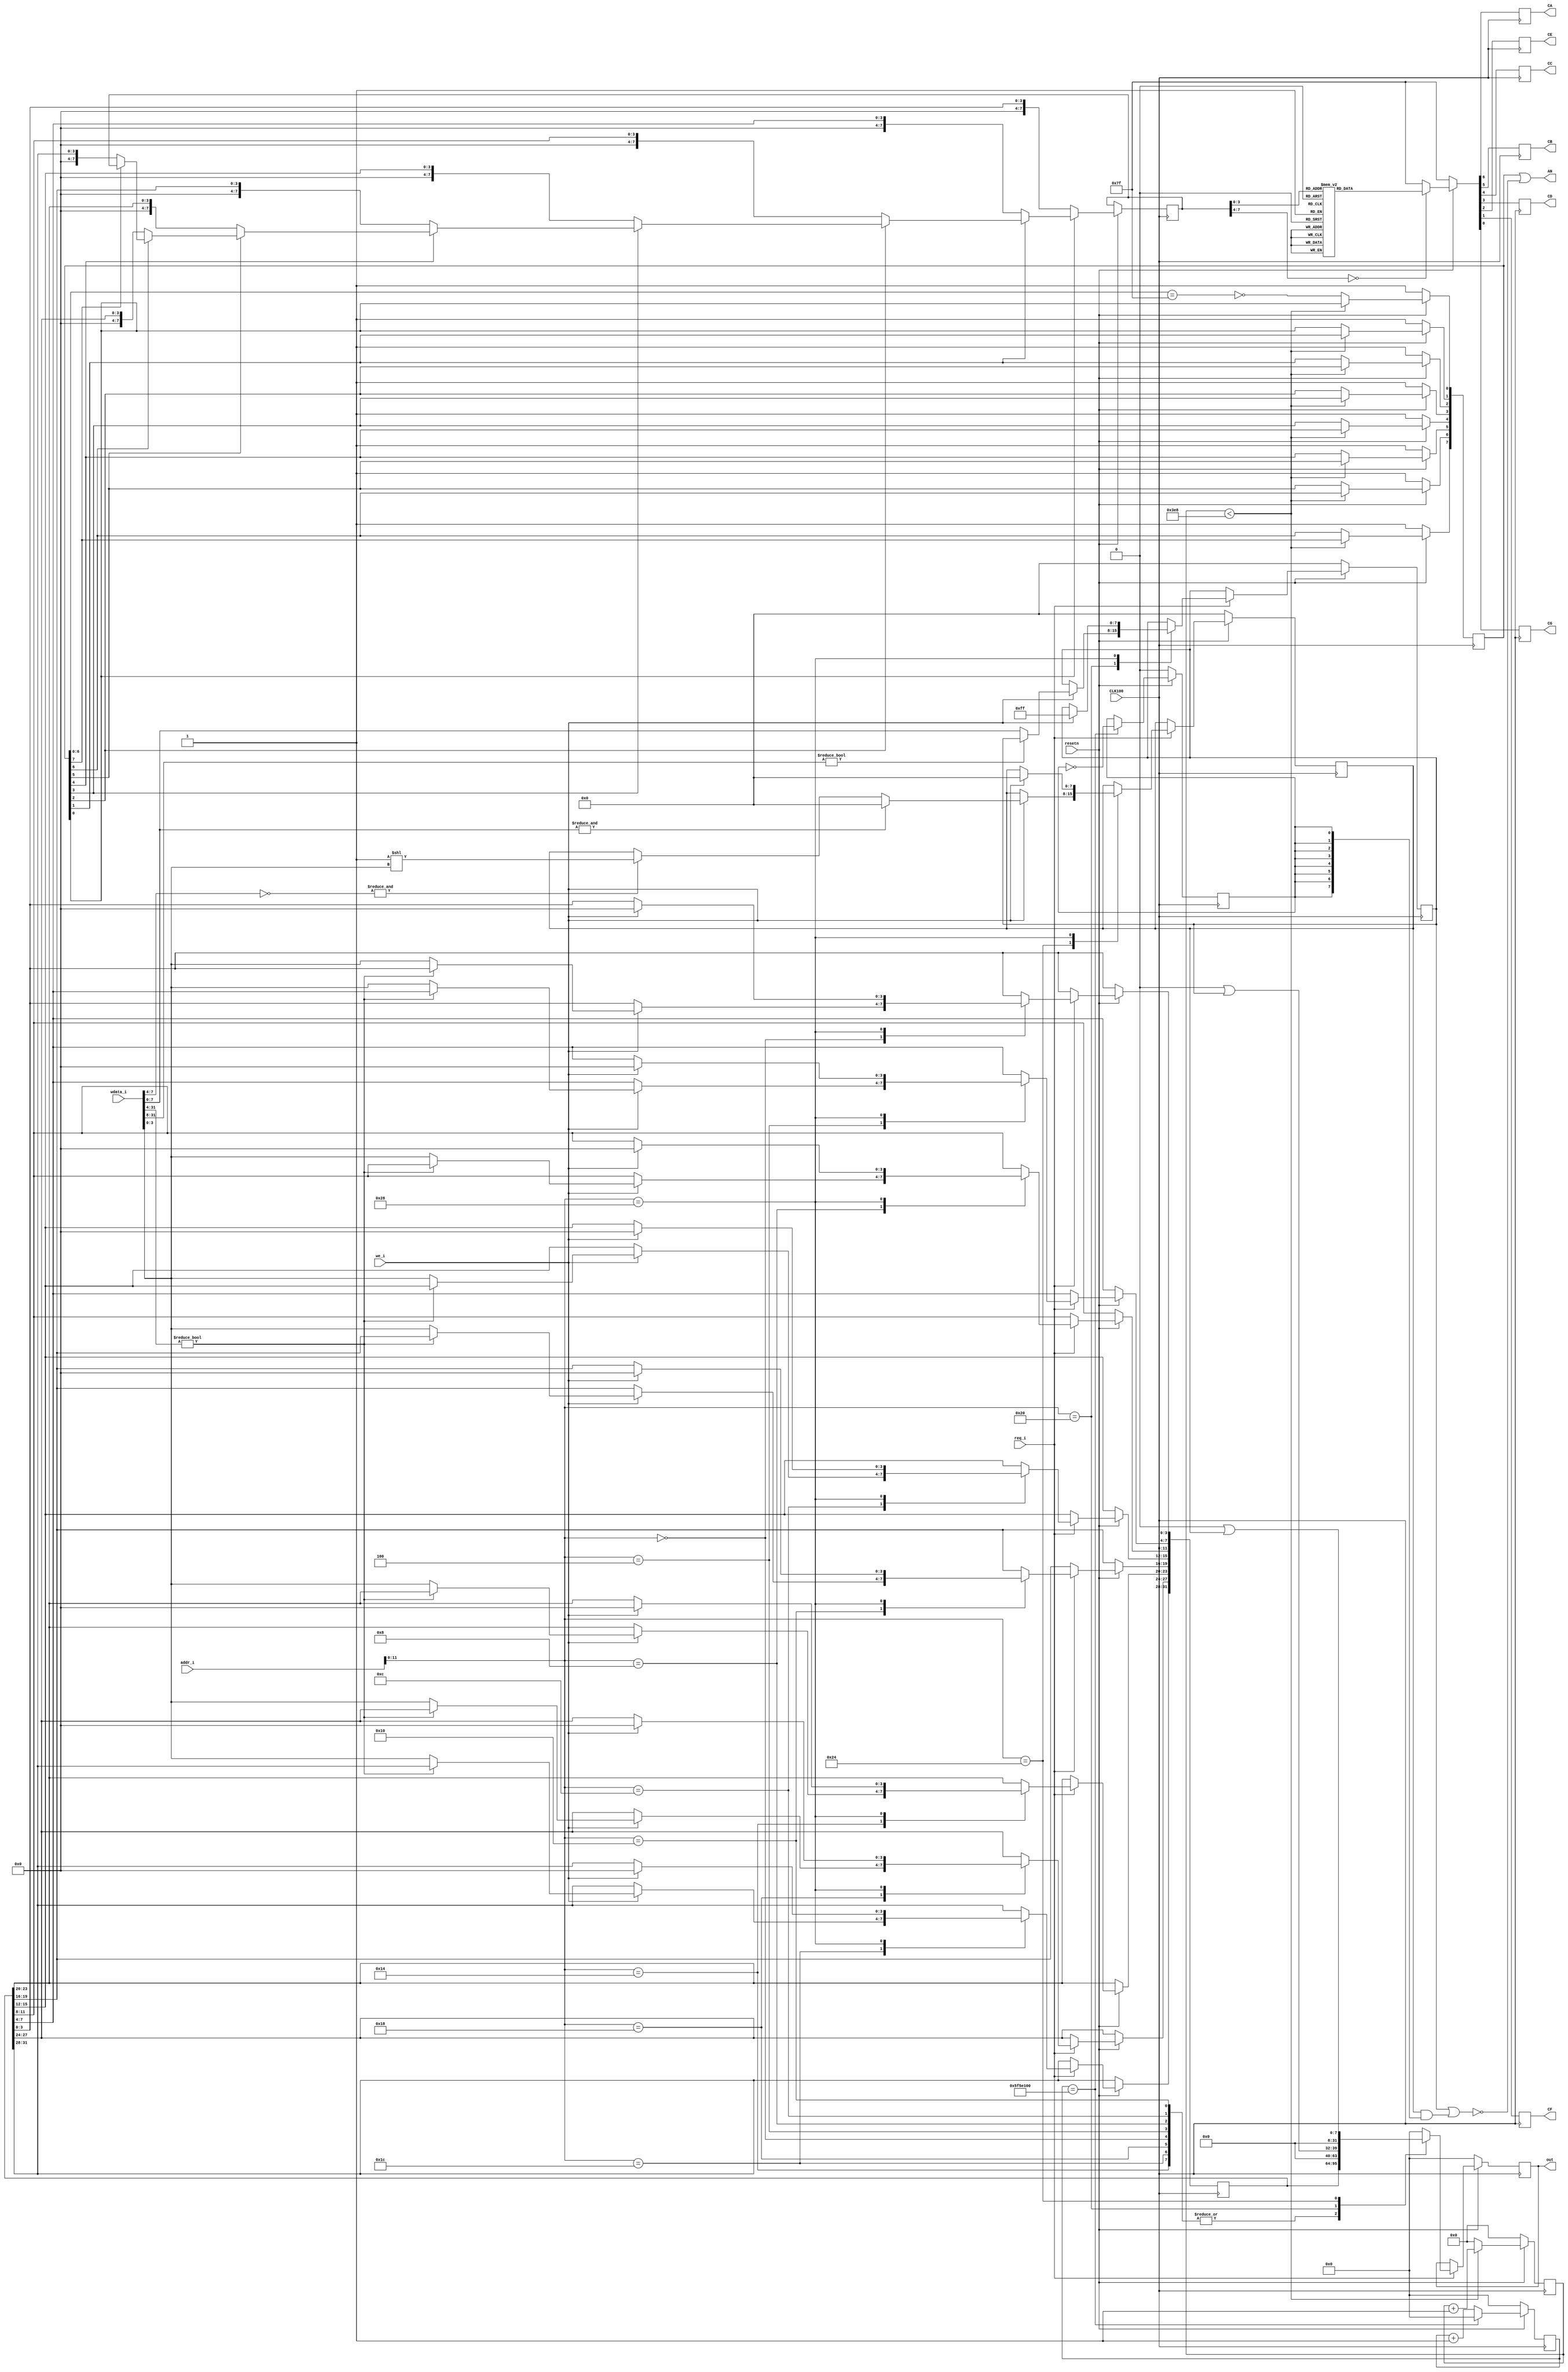
`timescale 1ns / 1ps

module regs_semseg(
    input req_i, we_i, CLK100, resetn,
    input [31:0] wdata_i, addr_i,
    output reg [31:0] out, //////////// ??
    output CA, CB, CC, CD, CE, CF, CG, 
    output [7:0] AN
  );
  
  `define addr_seg0 12'h000 //  0
  `define addr_seg1 12'h004 //  1
  `define addr_seg2 12'h008 //  2
  `define addr_seg3 12'h00C //  3
  `define addr_seg4 12'h010 //  4
  `define addr_seg5 12'h014 //  5
  `define addr_seg6 12'h018 //  6
  `define addr_seg7 12'h01C //  7
  `define addr_sel  12'h020 //  
  `define addr_strb 12'h024 //  
  `define addr_res  12'h028 // 
  `define delay_seg 10**8   // 
  `define pwm       1000    // 
  
  reg [9:0] counter;
  reg [7:0] semseg;
  reg [7:0] ANreg;
  reg CAr, CBr, CCr, CDr, CEr, CFr, CGr;
  reg [31:0] wdata_seg;
  reg [7:0]  select_seg;
  reg        clk_strb;
  reg [31:0] strb_buf;
 // reg [7:0]  data_strb;
  reg [7:0]  strb_sel;
  
  assign AN = ANreg | ~(select_seg | (strb_sel & {8{clk_strb}}));
  assign {CA, CB, CC, CD, CE, CF, CG} = {CAr, CBr, CCr, CDr, CEr, CFr, CGr};
  
  always @(posedge CLK100) begin
    if (!resetn) begin
      counter <= 'b0;
      ANreg[7:0] <= 8'b11111111;
      {CAr, CBr, CCr, CDr, CEr, CFr, CGr} <= 7'b1111111;
      select_seg <= 'b0;
      clk_strb <= 'b0;
      strb_buf <= 'b0;
      strb_sel <= 'b0;
      out      <= 'b0;
     // data_strb <= 'b0;
    end
    else begin
      if(req_i)
        case (addr_i[11:0])
          `addr_seg0: begin
            if(we_i) wdata_seg[3:0] <= wdata_i[31:4]? wdata_seg[3:0]: wdata_i[3:0];
            out <= wdata_seg;
          end
          `addr_seg1: begin
            if(we_i) wdata_seg[7:4] <= wdata_i[31:4]? wdata_seg[7:4]: wdata_i[3:0];
            out <= wdata_seg;
          end
          `addr_seg2: begin
            if(we_i) wdata_seg[11:8] <= wdata_i[31:4]? wdata_seg[11:8]: wdata_i[3:0];
            out <= wdata_seg;
          end
          `addr_seg3: begin
            if(we_i) wdata_seg[15:12] <= wdata_i[31:4]? wdata_seg[15:12]: wdata_i[3:0];
            out <= wdata_seg;
          end
          `addr_seg4: begin
            if(we_i) wdata_seg[19:16] <= wdata_i[31:4]? wdata_seg[19:16]: wdata_i[3:0];
            out <= wdata_seg;
          end
          `addr_seg5: begin
            if(we_i) wdata_seg[23:20] <= wdata_i[31:4]? wdata_seg[23:20]: wdata_i[3:0];
            out <= wdata_seg;
          end
          `addr_seg6: begin
            if(we_i) wdata_seg[27:24] <= wdata_i[31:4]? wdata_seg[27:24]: wdata_i[3:0];
            out <= wdata_seg;
          end
          `addr_seg7: begin
            if(we_i) wdata_seg[31:28] <= wdata_i[31:4]? wdata_seg[31:28]: wdata_i[3:0];
            out <= wdata_seg;
          end
          `addr_sel: begin
            if(we_i) select_seg <= wdata_i[31:8]? select_seg: wdata_i[7:0];
            out <= 'b0 | select_seg;
          end
          `addr_strb: begin
            if(we_i) 
              if (&wdata_i[7:0]) //  FF
                strb_sel <= 'b0; //  
              else if (&(~wdata_i[7:4])) // 00?
                  strb_sel <= 8'b1 << wdata_i[3:0];
            out <= 'b0 | strb_sel;
          end
          `addr_res: begin
            if(we_i) begin
              wdata_seg <= 'b0;
              select_seg <= 8'hFF;
              strb_sel <= 'b0;
            end
            out <= 'b0;
          end
          default: out <= 'b0;
        endcase
      
      if (strb_buf == `delay_seg) begin 
        clk_strb <= ~clk_strb;
        strb_buf <= 'b0;
      end else 
        strb_buf <= strb_buf + 1'b1;
      if (counter < `pwm) counter <= counter + 'b1;
      else begin
        counter <= 'b0;
        ANreg[1] <= ANreg[0];
        ANreg[2] <= ANreg[1];
        ANreg[3] <= ANreg[2];
        ANreg[4] <= ANreg[3];
        ANreg[5] <= ANreg[4];
        ANreg[6] <= ANreg[5];
        ANreg[7] <= ANreg[6];
        ANreg[0] <= !(ANreg[6:0] == 7'b1111111);
      end
      case (1'b0)
        ANreg[0]: semseg <= wdata_seg[3 : 0];
        ANreg[1]: semseg <= wdata_seg[7 : 4];
        ANreg[2]: semseg <= wdata_seg[11: 8];
        ANreg[3]: semseg <= wdata_seg[15:12];
        ANreg[4]: semseg <= wdata_seg[19:16];
        ANreg[5]: semseg <= wdata_seg[23:20];
        ANreg[6]: semseg <= wdata_seg[27:24];
        ANreg[7]: semseg <= wdata_seg[31:28];
      endcase
      case (semseg)
          4'h0: {CAr, CBr, CCr, CDr, CEr, CFr, CGr} <= 7'b0000001;
          4'h1: {CAr, CBr, CCr, CDr, CEr, CFr, CGr} <= 7'b1001111;
          4'h2: {CAr, CBr, CCr, CDr, CEr, CFr, CGr} <= 7'b0010010;
          4'h3: {CAr, CBr, CCr, CDr, CEr, CFr, CGr} <= 7'b0000110;
          4'h4: {CAr, CBr, CCr, CDr, CEr, CFr, CGr} <= 7'b1001100;
          4'h5: {CAr, CBr, CCr, CDr, CEr, CFr, CGr} <= 7'b0100100;
          4'h6: {CAr, CBr, CCr, CDr, CEr, CFr, CGr} <= 7'b0100000;
          4'h7: {CAr, CBr, CCr, CDr, CEr, CFr, CGr} <= 7'b0001111;
          4'h8: {CAr, CBr, CCr, CDr, CEr, CFr, CGr} <= 7'b0000000;
          4'h9: {CAr, CBr, CCr, CDr, CEr, CFr, CGr} <= 7'b0000100;
          4'hA: {CAr, CBr, CCr, CDr, CEr, CFr, CGr} <= 7'b0001000;
          4'hB: {CAr, CBr, CCr, CDr, CEr, CFr, CGr} <= 7'b1100000;
          4'hC: {CAr, CBr, CCr, CDr, CEr, CFr, CGr} <= 7'b0110001;
          4'hD: {CAr, CBr, CCr, CDr, CEr, CFr, CGr} <= 7'b1000010;
          4'hE: {CAr, CBr, CCr, CDr, CEr, CFr, CGr} <= 7'b0110000;
          4'hF: {CAr, CBr, CCr, CDr, CEr, CFr, CGr} <= 7'b0111000;
          default: {CAr,CBr,CCr,CDr, CEr, CFr, CGr} <= 7'b1111111;
      endcase
    end
  end
endmodule